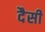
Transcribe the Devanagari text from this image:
दैसी